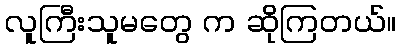
လူကြီးသူမတွေ က ဆိုကြတယ်။